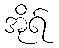
အိုရ်